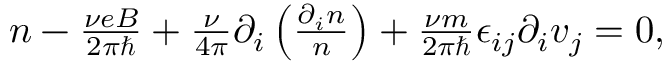
\begin{array} { r } { n - \frac { \nu e B } { 2 \pi \hbar } + \frac { \nu } { 4 \pi } \partial _ { i } \left( \frac { \partial _ { i } n } { n } \right) + \frac { \nu m } { 2 \pi \hbar } \epsilon _ { i j } \partial _ { i } v _ { j } = 0 , } \end{array}